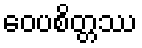
ဝေပစိတ္တဿ